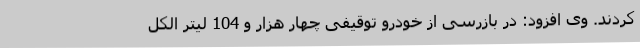
کردند. وی افزود: در بازرسی از خودرو توقیفی چهار هزار و 104 لیتر الکل